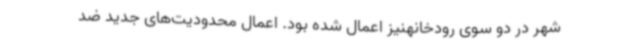
شهر در دو سوی رودخانهنیز اعمال شده بود. اعمال محدودیت‌های جدید ضد